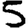
Digit: 5